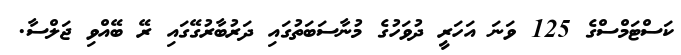
ކަސްޓަމްސްގެ 125 ވަނަ އަހަރީ ދުވަހުގެ މުނާސަބަތުގައި ދަރުބާރުގޭގައި ރޭ ބޭއްވި ޖަލްސާ.